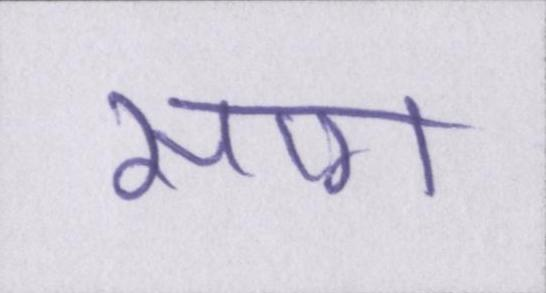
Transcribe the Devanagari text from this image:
साग